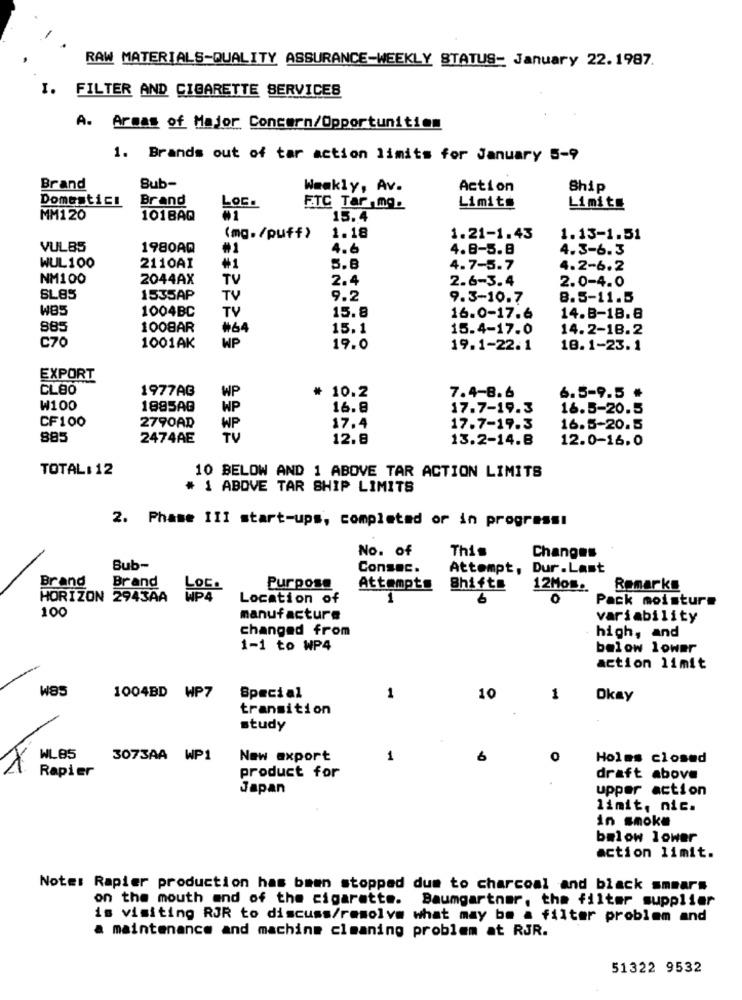
RAW MATERIALS-QUALITY ASSURANCE-WEEKLY STATUS- January 22.1987.
I. FILTER AND CIGARETTE SERVICES
A.
Armas of Major Concern/Opportunities
1. Brands out of tar action limits for January 5-9
Brand
Sub-
Weakly, Av.
Action
Ship
Domestici
Brand
Loc.
Limits
FTC Tar ,mg.
Limite
MM120
101BAQ
15.4
1.18
(mg./puff)
1.21-1.43
1.13-1.51
VUL85
1980AQ
#1
4.6
4.8-5.8
4.3-6.3
WUL 100
2110AI
#1
5.8
4.7-5.7
4.2-6.2
NM100
2044AX
TV
2.4
2.6-3.4
2.0-4.0
SLBS
1535AP
TV
9.2
9.3-10.7
8.5-11.5
W85
1004BC
15.8
TV
16.0-17.6
14.8-18.8
885
1008AR
#64
15.1
15.4-17.0
14.2-18.2
C70
1001AK
WP
19.0
19.1-22.1
10.1-23.1
EXPORT
CLEO
1977AG
* 10.2
WP
7.4-8.6
6.5-9.5 *
W100
1885AG
WP
16.8
17.7-19.3
16.5-20.5
CF100
2790AD
WP
17.4
17.7-19.3
16.5-20.5
885
2474AE
TV
12.8
13.2-14.8
12.0-16.0
TOTAL: 12
10 BELOW AND 1 ABOVE TAR ACTION LIMITS
# 1 ABOVE TAR SHIP LIMITS
2. Phase III start-ups, completed or in progress!
No. of
This
Changes
Bub-
Consec.
Attempt, Dur.Last
Brand
Brand
LOC.
Purpose
Attempts
Shifts
12Mos.
Remarks
HORIZON 2943AA
WP4
Location of
1
O
Pack moisture
100
manufacture
variability
changed from
high, and
1-1 to WP4
below lower
action limit
W85
1004BD WP7
Special
1
10
1
Okay
transition
study
WLB5
3073AA WP1
New export
1
0
Holms closed
Rapier
product for
draft above
Japan
upper action
limit, nic.
in smoke
bmlow lower
action limit.
Note: Rapier production has been stopped dum to charcoal and black smears
on the mouth and of the cigarette. Baumgartner, the filter supplier
is visiting RJR to discuss/resolve what may be a filter problem and
a maintenance and machine cleaning problem at RJR.
51322 9532